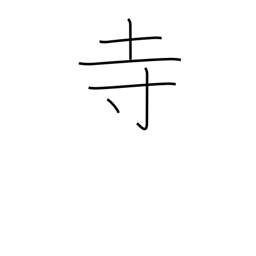
Meaning: Buddhist temple